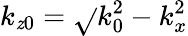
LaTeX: k_{\mathit{z}0}=\sqrt{}{{k_{0}^{2}-k_{x}^{2}}}